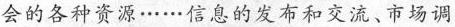
会的各种资源……信息的发布和交流、市场调